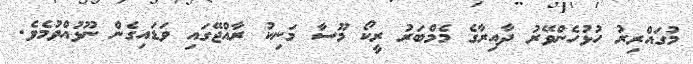
މުގައްރިރު ހުޅުހެންވޭރު ދާއިރާގެ މެމްބަރު ރީކޯ މޫސާ މަނިކު ރާއްޖޭގައި ވަޑައިގެން ނޫޅުއްވުމެވެ.